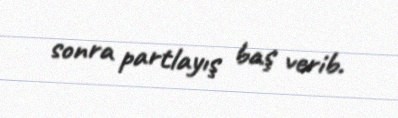
sonra partlayış baş verib.